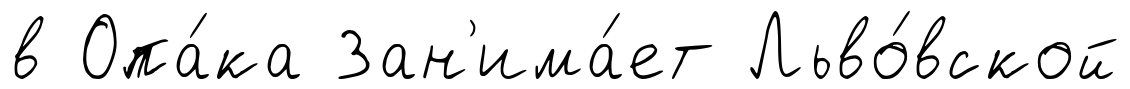
в Опа́ка Зан'има́ет Льво́вской